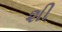
શી